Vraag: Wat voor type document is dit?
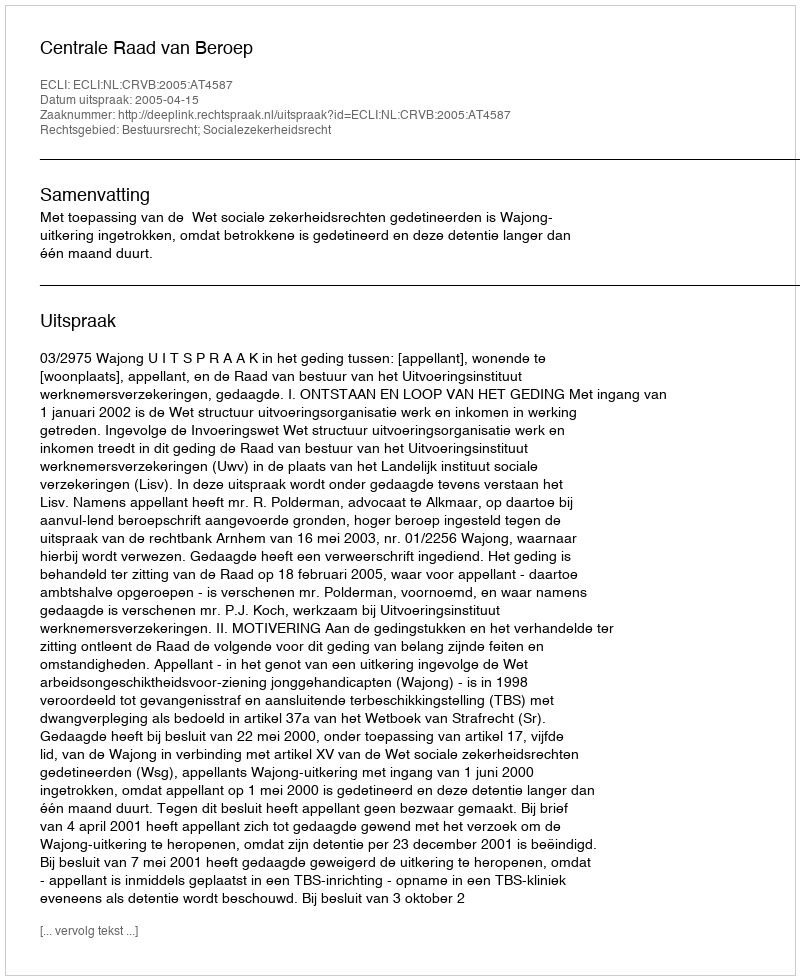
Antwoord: Uitspraak